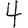
Digit: 4